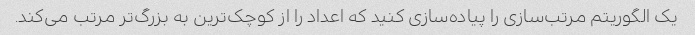
یک الگوریتم مرتب‌سازی را پیاده‌سازی کنید که اعداد را از کوچک‌ترین به بزرگ‌تر مرتب می‌کند.